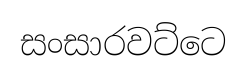
සංසාරවට්ටෙ